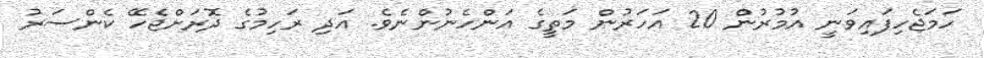
ހަމަޖެހިފައިވަނީ އުމުރުން 20 އަހަރުން މަތީގެ އަންހެނުންނެވެ. އަދި ރަހިމުގެ ދޮރަށްޖެހޭ ކެންސަރު